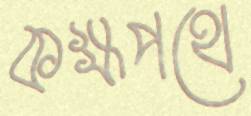
কক্ষপথে